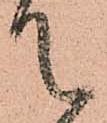
て